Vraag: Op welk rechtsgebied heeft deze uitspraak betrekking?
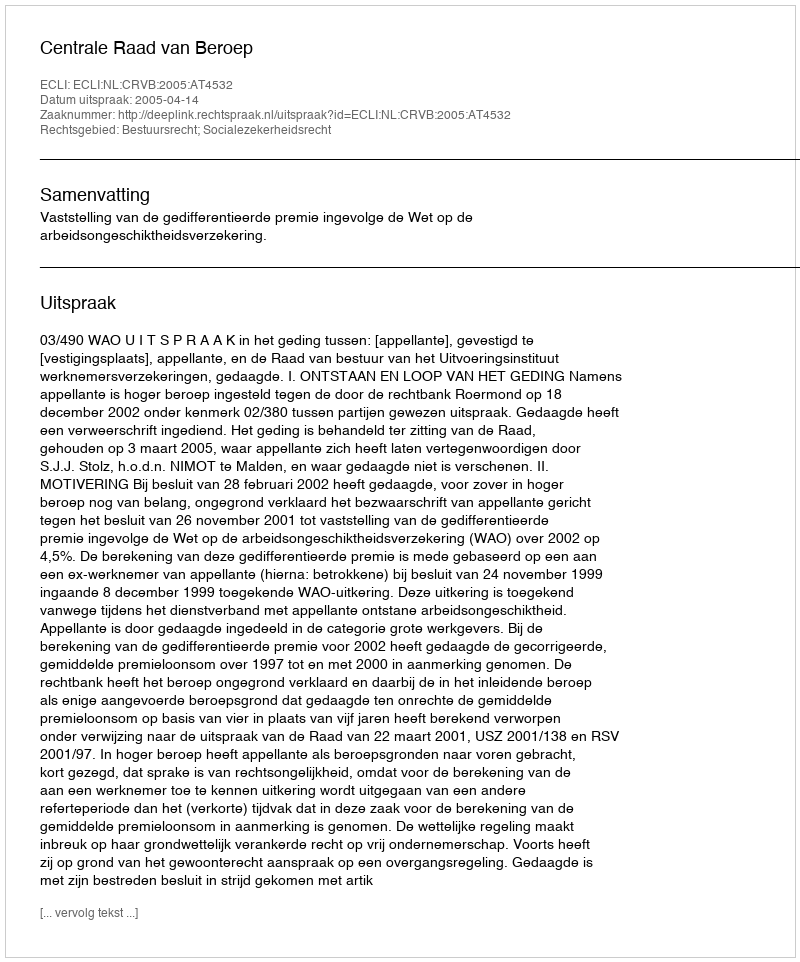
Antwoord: Bestuursrecht; Socialezekerheidsrecht